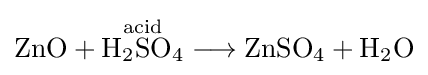
{\mathrm {ZnO} {}+{}{\overset {\mathrm {acid} }{\mathrm {H} {\vphantom {A}}_{\smash[{t}]{2}}\mathrm {SO} {\vphantom {A}}_{\smash[{t}]{4}}}}{}\mathrel {\longrightarrow } {}\mathrm {ZnSO} {\vphantom {A}}_{\smash[{t}]{4}}{}+{}\mathrm {H} {\vphantom {A}}_{\smash[{t}]{2}}\mathrm {O} }